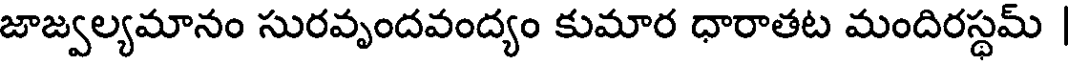
జాజ్వల్యమానం సురవృందవంద్యం కుమార ధారాతట మందిరస్థమ్